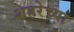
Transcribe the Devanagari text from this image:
शहरेच्या